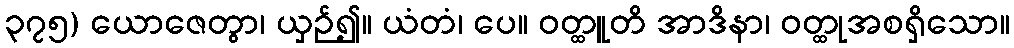
၃၇၅) ယောဇေတွာ၊ ယှဉ်၍။ ယံတံ၊ ပေ။ ဝတ္ထူတိ အာဒိနာ၊ ဝတ္ထုအစရှိသော။